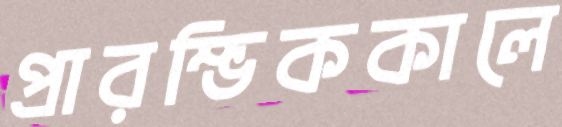
প্রারম্ভিককালে